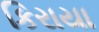
કિરાયા